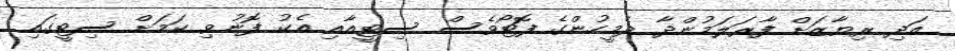
އަދި ރިޔާޒަށް ފާރަލަމުންދާ ދެމީހުންގެ ފޮޓޯވެސް ސިޓީއާއި އެކު ފޮނުވި ކަމަށް ސިޓީގައި